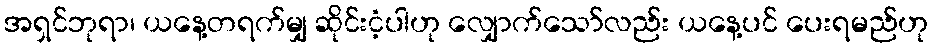
အရှင်ဘုရာ၊ ယနေ့တရက်မျှ ဆိုင်းငံ့ပါဟု လျှောက်သော်လည်း ယနေ့ပင် ပေးရမည်ဟု